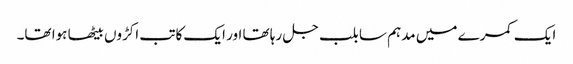
ایک کمرے میں مدہم سا بلب جل رہا تھا اور ایک کاتب اکڑوں بیٹھا ہوا تھا۔